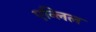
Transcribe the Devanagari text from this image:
एन्लिल